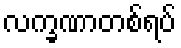
လက္ခဏာတစ်ရပ်